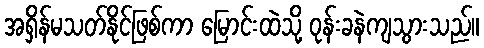
အရှိန်မသတ်နိုင်ဖြစ်ကာ မြောင်းထဲသို့ ဝုန်းခနဲကျသွားသည်။